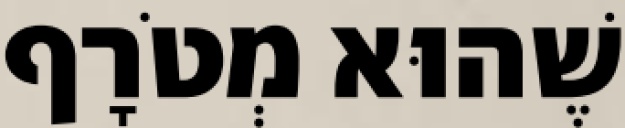
שֶׁהוּא מְטֹרָף